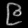
Digit: ၉